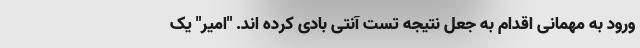
ورود به مهمانی اقدام به جعل نتیجه تست آنتی بادی کرده اند. "امیر" یک